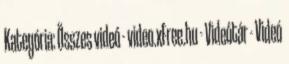
Kategória: Összes videó - video.xFree.hu - Videótár - Videó